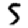
Digit: 5